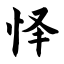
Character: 怿